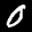
Label: 0